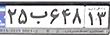
۲۵ب۶۴۸۱۳